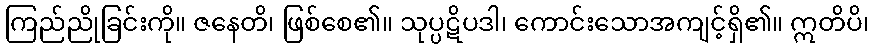
ကြည်ညိုခြင်းကို။ ဇနေတိ၊ ဖြစ်စေ၏။ သုပ္ပဋိပဒါ၊ ကောင်းသောအကျင့်ရှိ၏။ ဣတိပိ၊